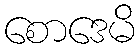
စောဒေမိ